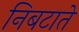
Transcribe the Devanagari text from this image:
निबटाते